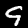
Label: 9